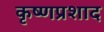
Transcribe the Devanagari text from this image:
कृष्णप्रशाद